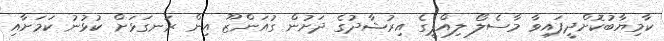
ކާމިޔާބުކޮށްދީފައިވާ މާސެލޯ ލިއްޕީގެ އިރުޝާދުގެ ދަށުން ގުއަންޒޫ އިން ރަނގަޅަށް ކުޅުނު ކަމަށާއި